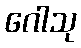
ဂေါသု